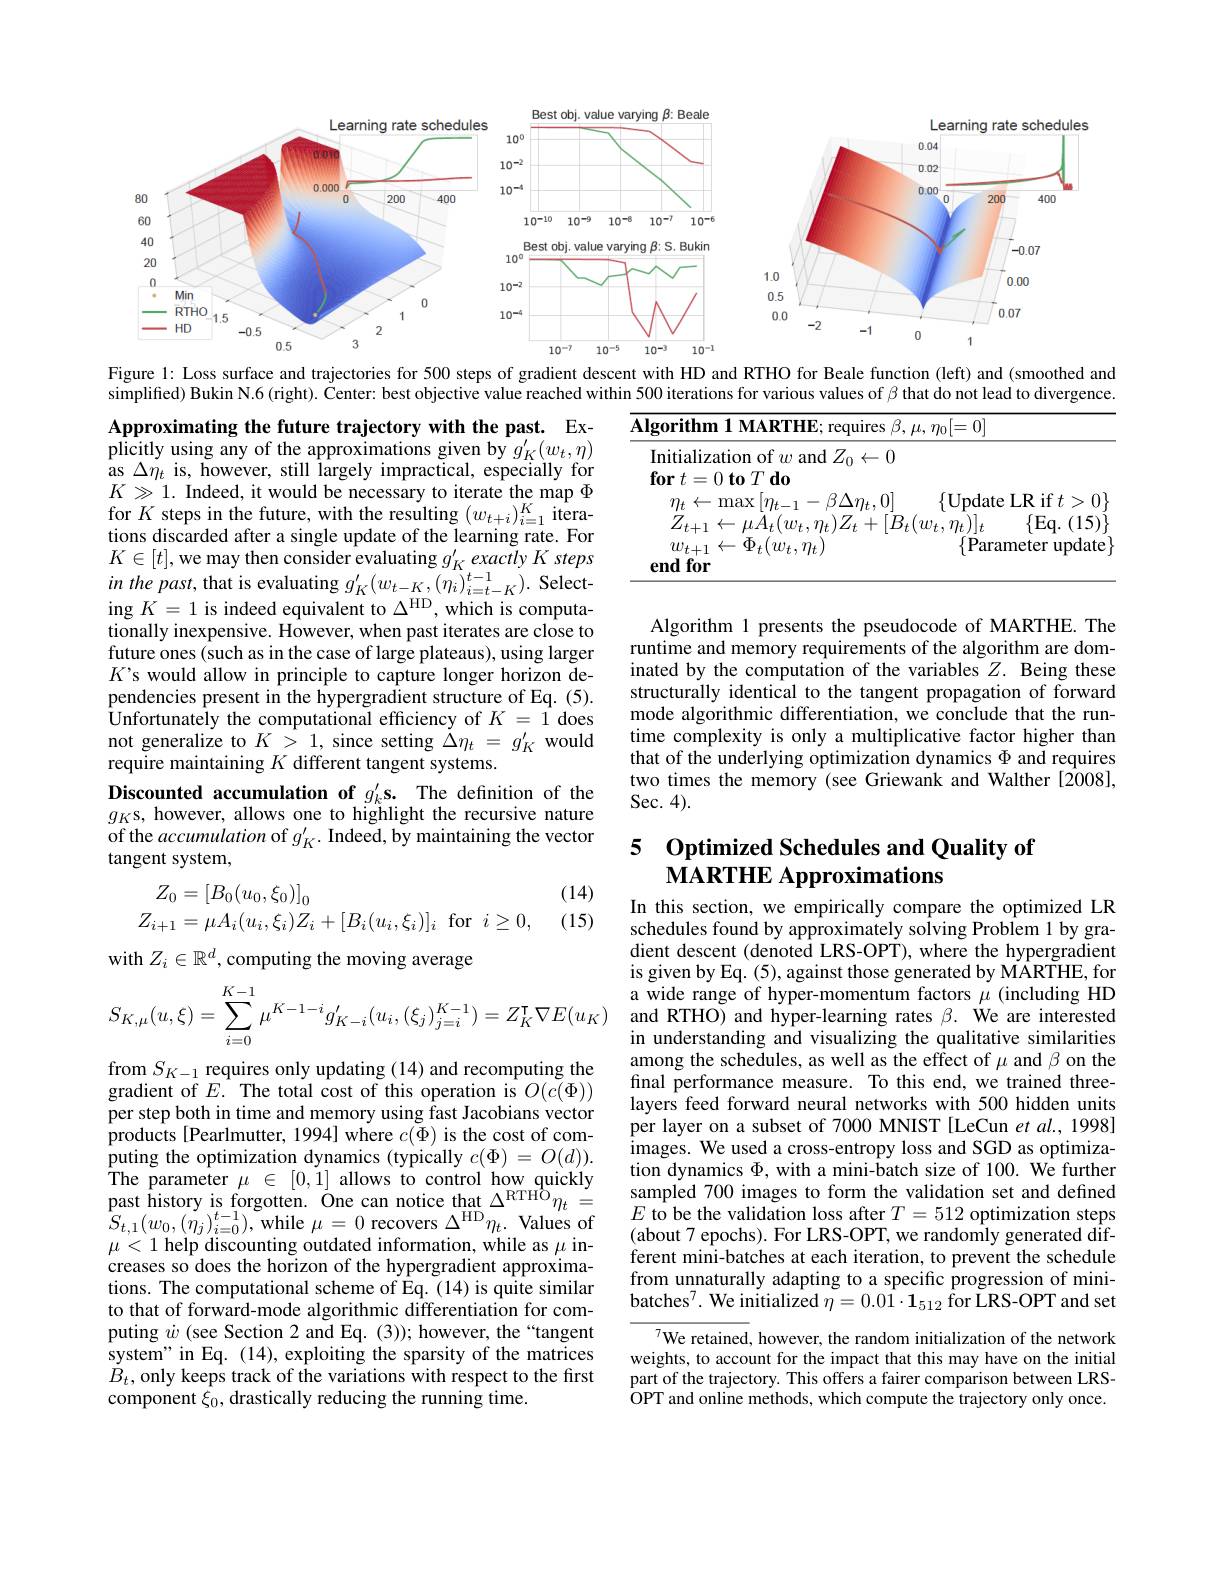
<FigureHere>
Figure 1: Loss surface and trajectories for 500 steps of gradient descent with HD and RTHO for Beale function (left) and (smoothed and

simplified) Bukin N.6(right). Čenter: best objective value reached within 500 iterations for various values of $\beta$ that do not lead to divergence.

<table>
	<tbody>
		<tr>
			<td>$\mathbf{Al}_{\xi}$</td>
			<td>equires $\beta,\mu,\eta_{0}[=0]$</td>
		</tr>
		<tr>
			<td> </td>
			<td>$\{$Parameter update$\}$</td>
		</tr>
	</tbody>
</table>

Approximating the future trajectory with the past. Explicitly using any of the approximations given by $g_K^{\prime}(w_t,\eta)$ as $\Delta\eta_{t}$ is, however, still largely impractical, especially for $K\gg1.$ Indeed, it would be necessary to iterate the map $\Phi$ for $K$ steps in the future, with the resulting $(w_t+i)_{i=1}^K$ iterations discarded after a single update of the learning rate. For $K\in[t]$,we may then consider evaluating $g_K^{\prime}exactlyK$ steps $inthepast$,that is evaluating $g_K^{\prime}(w_{t-K},(\eta_{i})_{i=t-K}^{t-1}).$ Select-$i$ ing $K=1$ is indeed equivalent to $\Delta^\mathrm{HD}$, which is computationally inexpensive. However, when past iterates are close to future ones (such as in the case of large plateaus), using larger $K’s$ would allow in principle to capture longer horizon dependencies present in the hypergradient structure of Eq. (5). Unfortunately the computational efficiency of $K=1$ does not generalize to $K>1$, since setting $\tilde{\Delta}\eta_t=g_K^{\prime}$ would require maintaining $K$ different tangent systems.
Discounted accumulation of $g_k^{\prime}\mathbf{s.}$ The definition of the $g_K$s, however, allows one to highlight the recursive nature of the accumulation of $g_K^{\prime}.$ Indeed, by maintaining the vector tangent system,
(14)
$$\begin{aligned}Z_{0}&=\left[B_{0}(u_{0},\xi_{0})\right]_{0}\\Z_{i+1}&=\mu A_{i}(u_{i},\xi_{i})Z_{i}+[B_{i}(u_{i},\xi_{i})]_{i}\:\mathrm{for}\:i\geq0,\end{aligned}$$
Algorithm 1 presents the pseudocode of MARTHE. The runtime and memory requirements of the algorithm are dominated by the computation of the variables $Z.$ Being these structurally identical to the tangent propagation of forward mode algorithmic differentiation, we conclude that the runtime complexity is only a multiplicative factor higher than that of the underlying optimization dynamics $\Phi$ and requires two times the memory (see Griewank and Walther [2008], Sec. 4).

## 5 Optimized Schedules and Quality of $\textbf{MARTHE Approximations}$

(15)

with $Z_i\in\mathbb{R}^d$,computing the moving average
$$S_{K,\mu}(u,\xi)=\sum\limits_{i=0}^{K-1}\mu^{K-1-i}g_{K-i}'(u_i,(\xi_j)_{j=i}^{K-1})=Z_K^\intercal\nabla E(u_K)$$
In this section, we empirically compare the optimized LR schedules found by approximately solving Problem 1 by gradient descent (denoted LRS-OPT), where the hypergradient is given by Eq. (5), against those generated by MARTHE, for a wide range of hyper-momentum factors $\mu$ (including HD and RTHO) and hyper-learning rates $\beta.$ We are interested in understanding and visualizing the qualitative similarities among the schedules, as well as the effect of $\mu$ and $\beta$ on the final performance measure. To this end, we trained threelayers feed forward neural networks with 500 hidden units per layer on a subset of 7000 MNIST [LeCun et al., 1998] images. We used a cross-entropy loss and SGD as optimization dynamics $\Phi$, with a mini-batch size of 100. We further
The parameter $\mu\in[0,1]$ allows to control how quickly ton dynamcs ø, with a mni-batch sze of 100. We turther past history is forgotten. One can notice that $\Delta ^\mathrm{RTHO}\eta _t=$ sampled 700 images to form the validation set and defined$S_{t,1}(w_0,(\eta_j)_{i=0}$
(about 7 epochs). For LRS-OPT, we randomly generated different mini-batches at each iteration, to prevent the schedule from unnaturally adapting to a specific progression of minibatches$^7.$ We initialized $\eta=0.01\cdot\mathbf{1}_{512}$ for LRS-OPT and set

from $S_{K-1}$ requires only updating (14) and recomputing the gradient of $E.$ The total cost of this operation is $O(c(\Phi))$ per step both in time and memory using fast Jacobians vector products[Pearlmutter, 1994] where $c(\Phi)$ is the cost of computing the optimization dynamics (typically $c(\Phi)=O(d)).$ $\mu<1$ help discounting outdated information, while as $\mu$ increases so does the horizon of the hypergradient approximations. The computational scheme of Eq. (14) is quite similar to that of forward-mode algorithmic differentiation for computing $\dot{w}$ (see Section 2 and Eq. (3)); however, the“tangent system" in Eq. (14), exploiting the sparsity of the matrices $B_t$, only keeps track of the variations with respect to the first component $\xi_0$, drastically reducing the running time.

$^{7}$We retained, however, the random initialization of the network weights, to account for the impact that this may have on the initial part of the trajectory. This offers a fairer comparison between LRS- $\dot{\mathrm{OPT~and~online~methods,~which~compute~the~trajectory~only~once.}}$